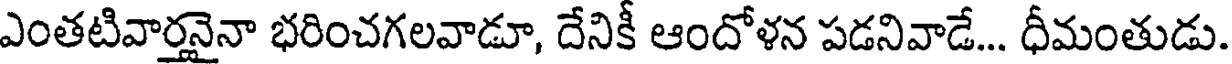
ఎంతటివార్తనైనా భరించగలవాడూ, దేనికీ ఆందోళన పడనివాడే... ధీమంతుడు.